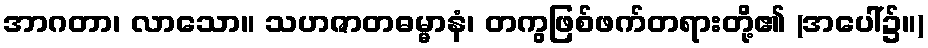
အာဂတာ၊ လာသော။ သဟဇာတဓမ္မာနံ၊ တကွဖြစ်ဖက်တရားတို့၏ (အပေါ်၌။)